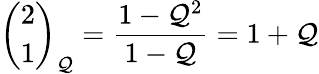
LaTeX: {\binom{2}{1}}_{\mathcal{Q}}={\frac{{1-\mathcal{Q}^{2}}}{{1-\mathcal{Q}}}}=1+\mathcal{Q}